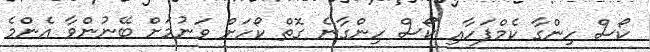
ކޯސް ހިންގާ ކެމްޕަހާއި ކޯސް ހިންގާނެ ގޮތް ކޯހަށް ވަނުމަށް ބޭނުންވާ އެންމެ